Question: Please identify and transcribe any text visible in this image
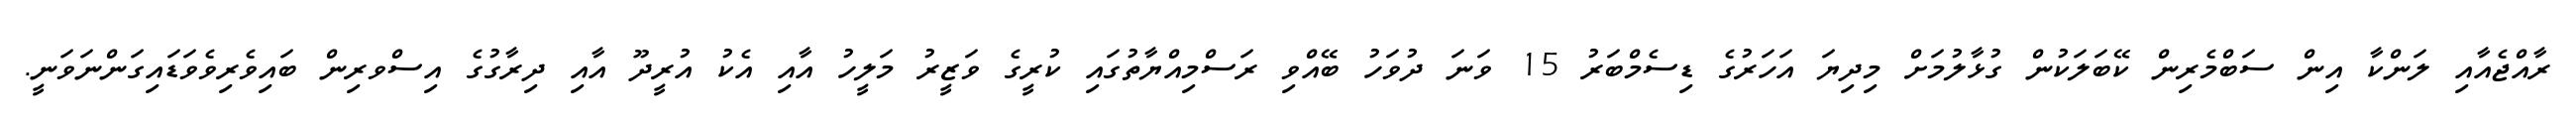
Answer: ރާއްޖެއާއި ލަންކާ އިން ސަބްމެރިން ކޭބަލަކުން ގުޅާލުމަށް މިދިޔަ އަހަރުގެ ޑިސެމްބަރު 15 ވަނަ ދުވަހު ބޭއްވި ރަސްމިއްޔާތުގައި ކުރީގެ ވަޒީރު މަލީހު އާއި އެކު އުރީދޫ އާއި ދިރާގުގެ އިސްވރިން ބައިވެރިވެވަޑައިގަންނަވަނީ.